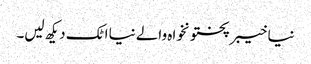
نیا خیبرپختونخواہ والے نیا اٹک دیکھ لیں۔